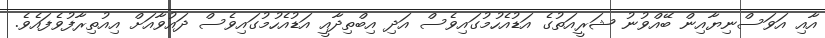
އާއި އަވަސްނިޔާއިން ބޭއްވުނު ޝަރީއަތުގެ އަޑުއެހުމުގައިވެސް އަދި އިބްތިދާއީ އަޑުއެހުމުގައިވެސް ދައުވާއަށް އިއުތިރާފުވެފައެވެ.